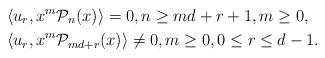
LaTeX: \begin{align*}&\langle u_r,x^m\mathcal{P}_n(x) \rangle=0, n\geq md+r+1, m \geq 0,\\& \langle u_r,x^m\mathcal{P}_{md+r}(x) \rangle \neq 0, m \geq 0, 0 \leq r \leq d-1.\end{align*}